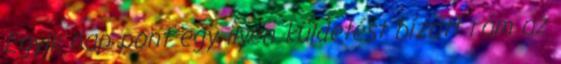
Egyik nap pont egy ilyen küldetést bízott rám az